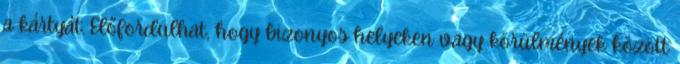
a kártyát. Előfordulhat, hogy bizonyos helyeken vagy körülmények között